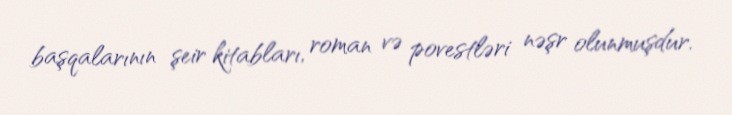
başqalarının şeir kitabları, roman və povestləri nəşr olunmuşdur.